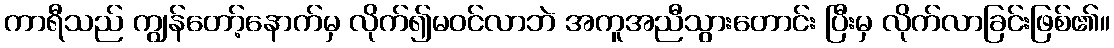
ကာရီသည် ကျွန်တော့်နောက်မှ လိုက်၍မဝင်လာဘဲ အကူအညီသွားတောင်း ပြီးမှ လိုက်လာခြင်းဖြစ်၏။